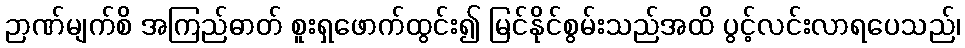
ဉာဏ်မျက်စိ အကြည်ဓာတ် စူးရှဖောက်ထွင်း၍ မြင်နိုင်စွမ်းသည်အထိ ပွင့်လင်းလာရပေသည်၊